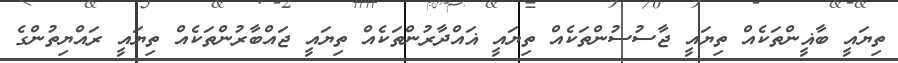
ތިޔައީ ބާޣީންތަކެއް ތިޔައީ ޖާސުސުންތަކެއް ތިޔައީ ޣައްދާރުންތަކެއް ތިޔައީ ޖައްބާރުންތަކެއް ތިޔައީ ރައްޔިތުންގެ